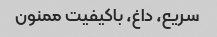
سریع، داغ، باکیفیت ممنون